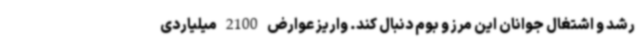
رشد و اشتغال جوانان این مرز و بوم دنبال کند. واریز عوارض 2100 میلیاردی